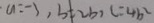
a = - 3 , b \neq 2 b , c = 4 b ^ { 2 }